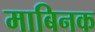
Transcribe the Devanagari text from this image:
माबिनक